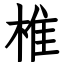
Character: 椎